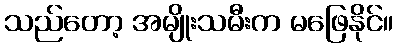
သည်တော့ အမျိုးသမီးက မဖြေနိုင်။